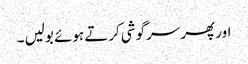
اور پھر سرگوشی کرتے ہوئے بولیں ۔